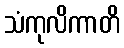
သံကုလိကာတိ